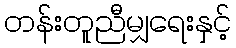
တန်းတူညီမျှရေးနှင့်